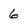
Character: 6